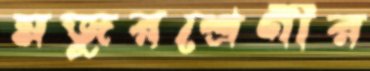
মজুরশ্রেণীর